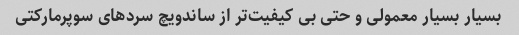
بسیار بسیار معمولی و حتی بی کیفیت‌تر از ساندویچ سردهای سوپرمارکتی